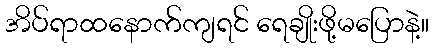
အိပ်ရာထနောက်ကျရင် ရေချိုးဖို့မပြောနဲ့။